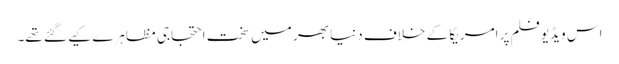
اس ویڈیو فلم پر امریکا کے خلاف دنیا بھر میں سخت احتجاجی مظاہرے کیے گئے تھے۔